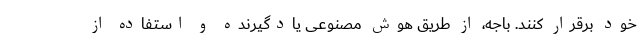
خود برقرار کنند. باجه، از طریق هوش مصنوعی یادگیرنده و استفاده از